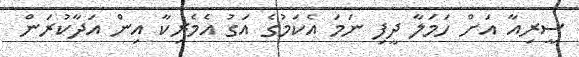
ސީރިއާ އަށް ހަމަލާ ދީފި ނަމަ އެކަމުގެ އަގު އެމެރިކާ އިން އަދާކުރަން